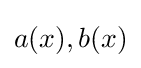
a(x),b(x)